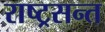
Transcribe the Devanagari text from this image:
राष्ट्रसन्त